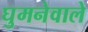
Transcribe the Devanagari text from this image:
घुमनेवाले